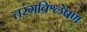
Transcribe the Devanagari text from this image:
तरंगविश्लेषण